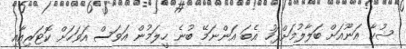
ޝުހާ އަނޫއަށް ބަލާލުމަށްފަހު އެބަ އަންނަމޭ ބުނެ ހީލަމުން އަވަސް އަވަހަށް ކޮޓަރިއާއި